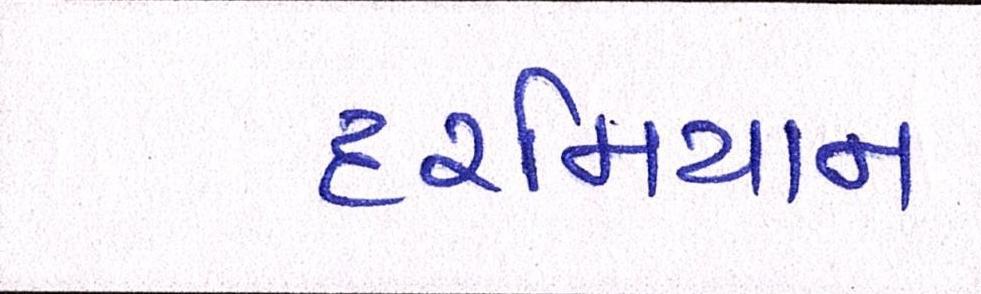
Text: દરમિયાન